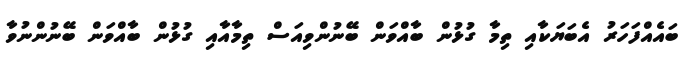
ބައެއްފަހަރު އެބަޔަކާއި ތިމާ ގުޅުން ބާއްވަން ބޭނުންވިއަސް ތިމާއާއި ގުޅުން ބާއްވަން ބޭނުންނުވާ